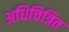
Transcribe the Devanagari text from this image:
अधिचित्रित